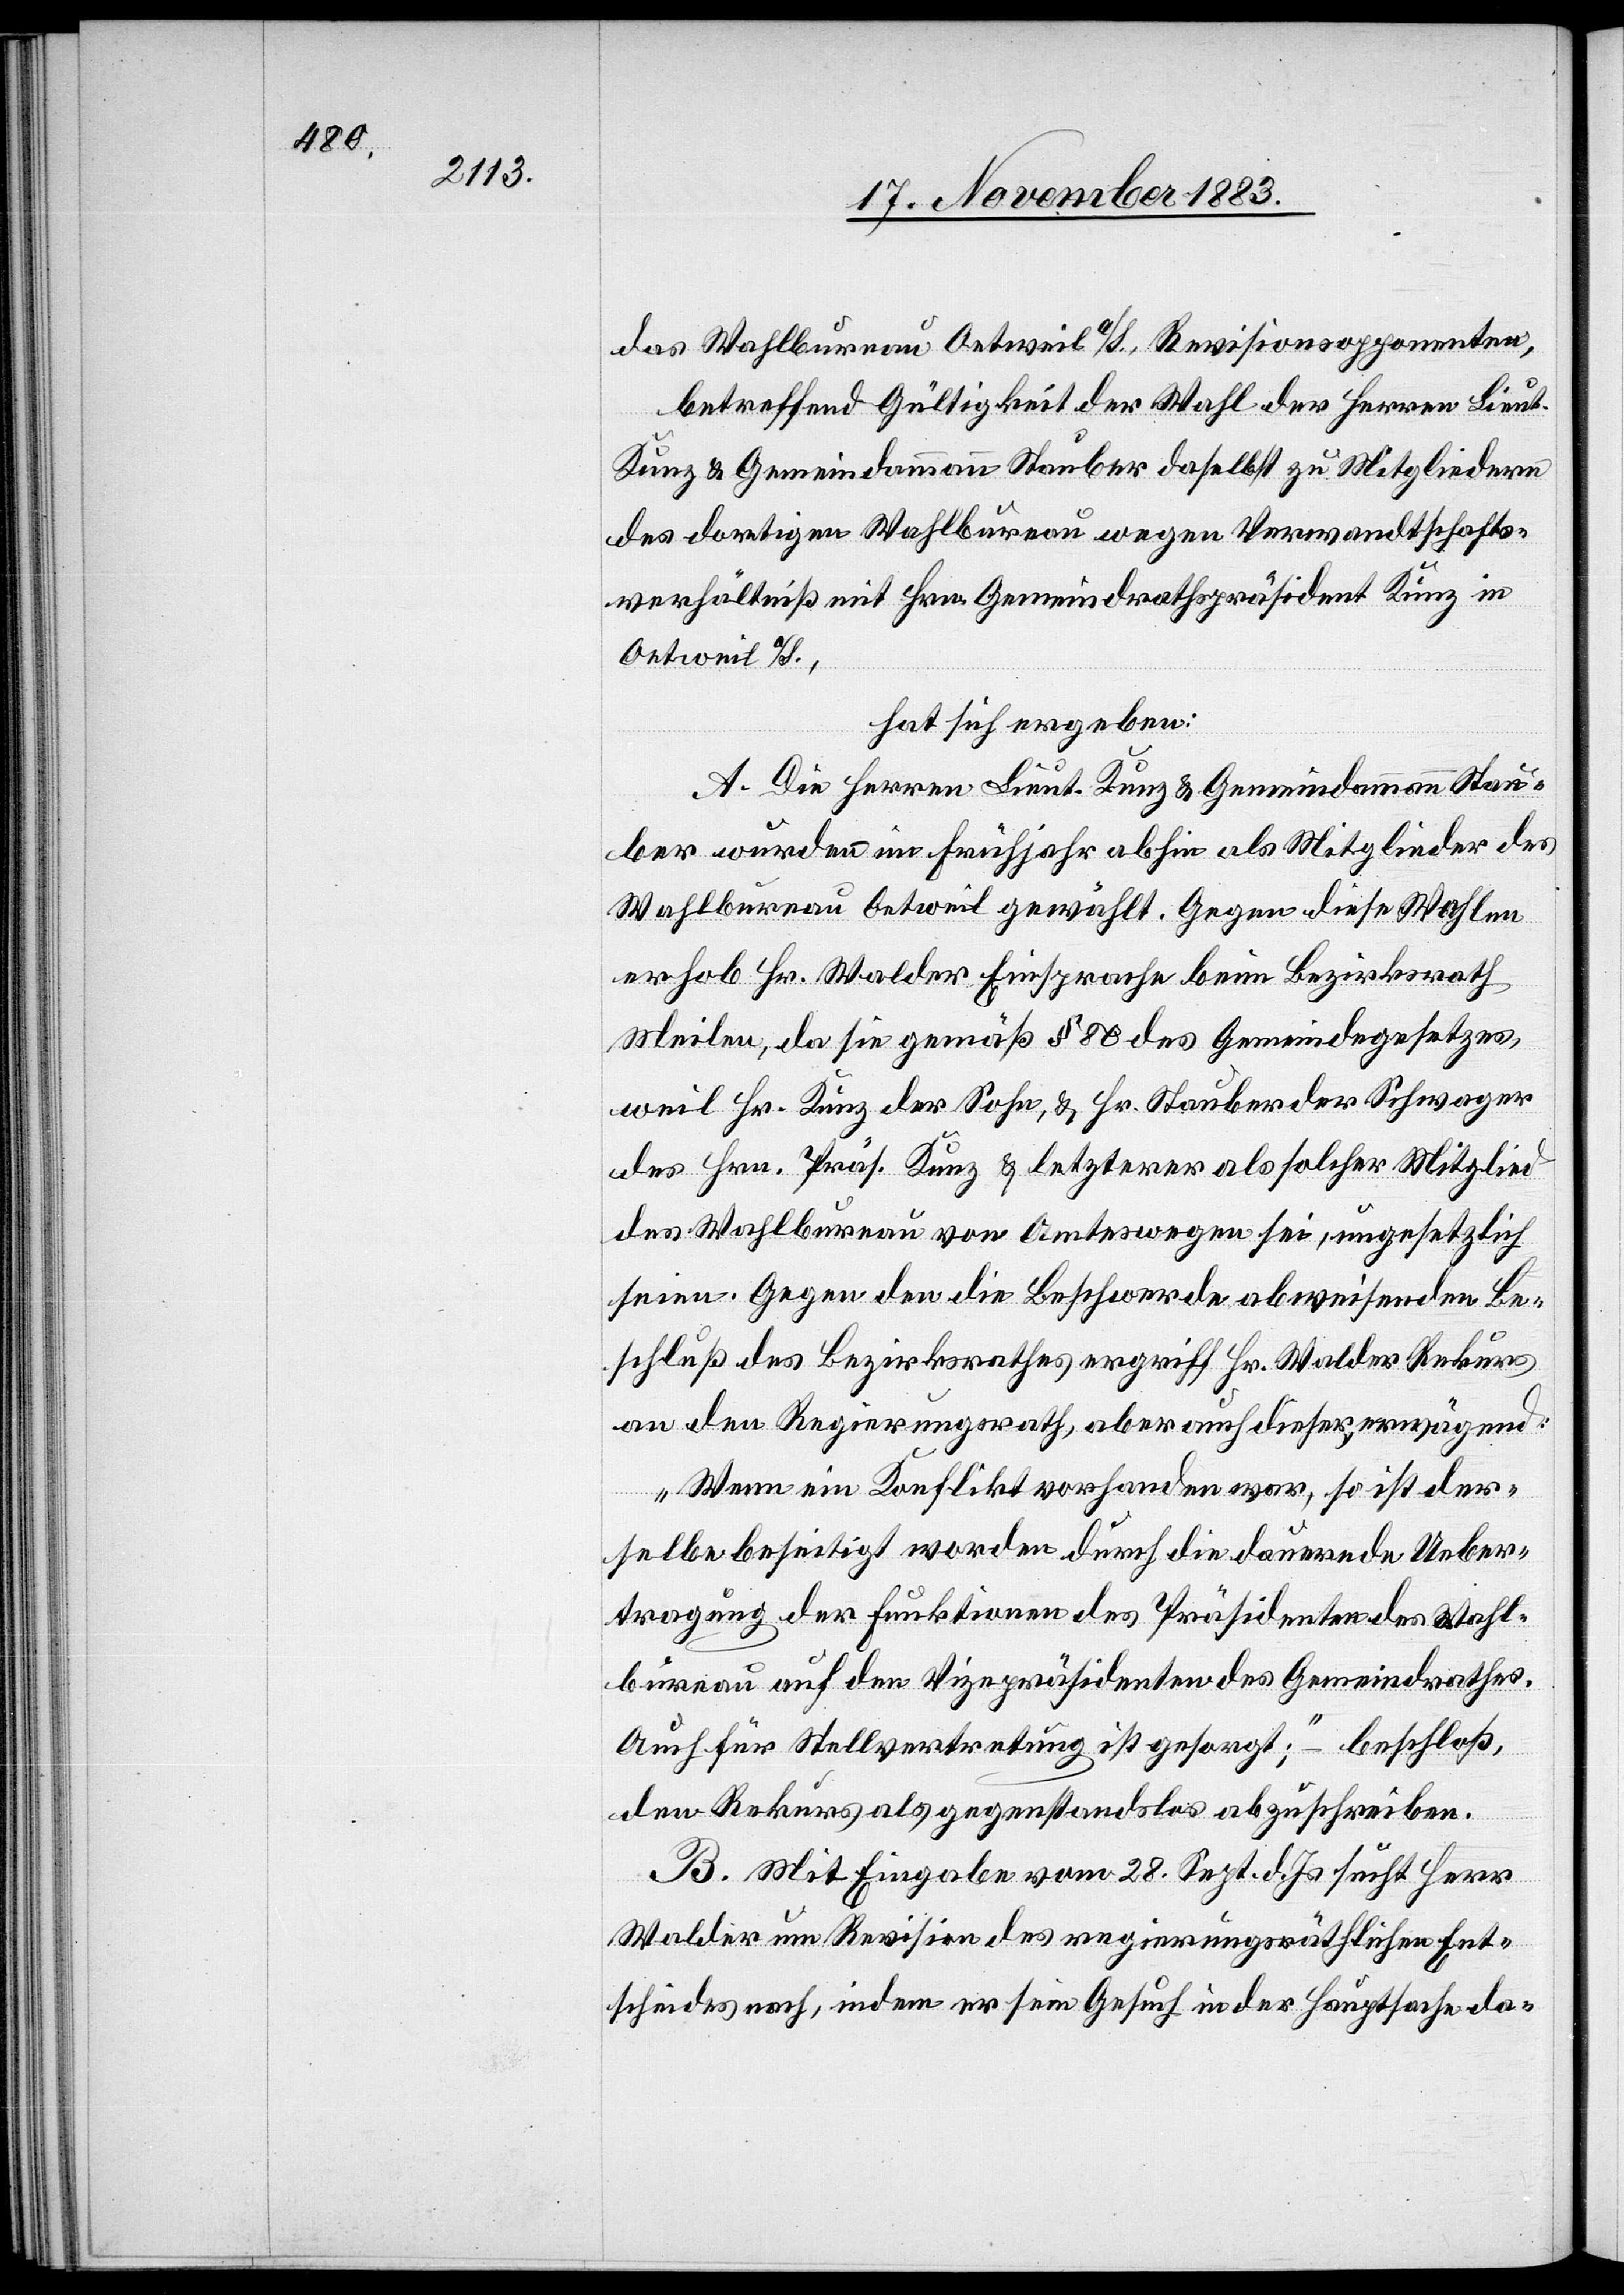
das Wahlbureau Oetweil a/S. Revisionspetenten,
betreffend Gültigkeit der Wahl der Herren Lieut.
Kunz & Gemeindammann Stauber daselbst zu Mitgliedern
des dortigen Wahlbureau wegen Verwandtschafts¬
verhältniß mit Hrn. Gemeindrathspräsident Kunz in
Oetweil a/S.,
hat sich ergeben:
A. Die Herren Lieut. Kunz & Gemeindammann Stau¬
ber wurden im Frühjahr abhin als Mitglieder des
Wahlbureau Oetweil gewählt. Gegen diese Wahlen
erhob Hr. Walder Einsprache beim Bezirksrath
Meilen, da sie gemäß § 80 des Gemeindegesetzes,
weil Hr. Kunz der Sohn, & Hr. Stauber der Schwager
des Hrn. Präs. Kunz & letzterer als solcher Mitglied
des Wahlbureau von Amtswegen sei, ungesetzlich
seien. Gegen den die Beschwerde abweisenden Be¬
schluß des Bezirksrathes ergriff Hr. Walder Rekurs
an den Regierungsrath, aber auch dieser erwägend:
„Wenn ein Konflikt vorhanden war, so ist der¬
selbe beseitigt worden durch die dauernde Ueber¬
tragung der Funktionen des Präsidenten des Wahl¬
bureau auf den Vizepräsidenten des Gemeindrathes.
Auch für Stellvertretung ist gesorgt;“ – beschloß,
den Rekurs als gegenstandslost abzuschreiben.
B. Mit Eingabe vom 28. Sept. d. Js. sucht Herr
Walder um Revision des regierungsräthlichen Ent¬
scheides nach, indem er sein Gesuch in der Hauptsache da-